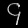
Digit: ၄